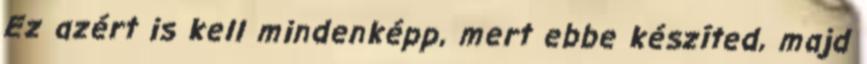
Ez azért is kell mindenképp, mert ebbe készíted, majd